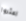
اعثروا